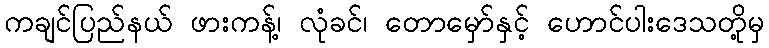
ကချင်ပြည်နယ် ဖားကန့်၊ လုံခင်၊ တောမှော်နှင့် ဟောင်ပါးဒေသတို့မှ